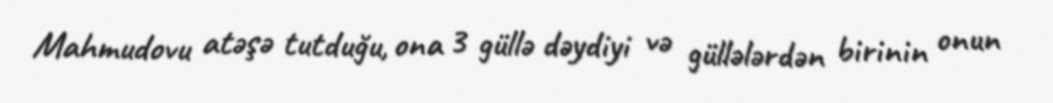
Mahmudovu atəşə tutduğu, ona 3 güllə dəydiyi və güllələrdən birinin onun